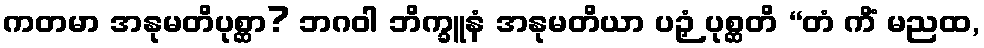
ကတမာ အနုမတိပုစ္ဆာ? ဘဂဝါ ဘိက္ခူနံ အနုမတိယာ ပဉှံ ပုစ္ဆတိ “တံ ကိံ မညထ,